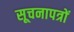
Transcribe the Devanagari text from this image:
सूचनापत्रों